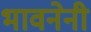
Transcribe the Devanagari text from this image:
भावनेनी